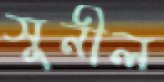
সুনীল